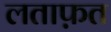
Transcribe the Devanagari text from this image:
लताफ़त